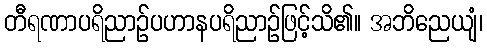
တီရဏာပရိညာဉ်ပဟာနပရိညာဉ်ဖြင့်သိ၏။ အဘိညေယျံ၊